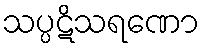
သပ္ပဋိသရဏော